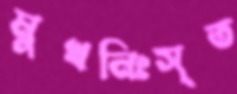
মুখনিঃসৃত